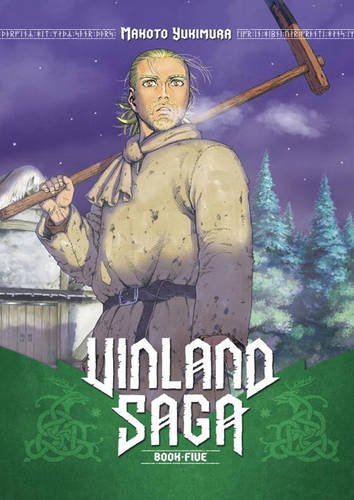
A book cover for Vinland Saga 5; Makoto Yukimura; Comics & Graphic Novels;